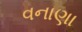
વનાણા